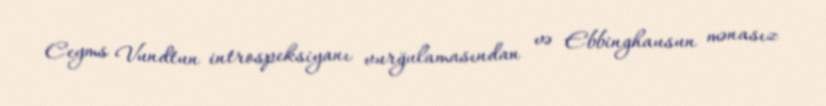
Ceyms Vundtun introspeksiyanı vurğulamasından və Ebbinghausun mənasız